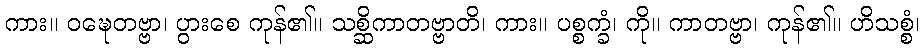
ကား။ ဝဍ္ဎေတဗ္ဗာ၊ ပွားစေ ကုန်၏။ သစ္ဆိကာတဗ္ဗာတိ၊ ကား။ ပစ္စက္ခံ၊ ကို။ ကာတဗ္ဗာ၊ ကုန်၏။ ဟိသစ္စံ၊